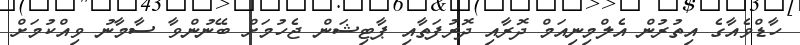
ހާޑްވެއާގެ އިތުރުން އެލްމިނިއަމް ދޮރާއި ދޮރުފަތާއި ޕާޓިޝަން ޖެހުމަށް ބޭނުންވާ ސާމާނު ވިއްކުމަށް